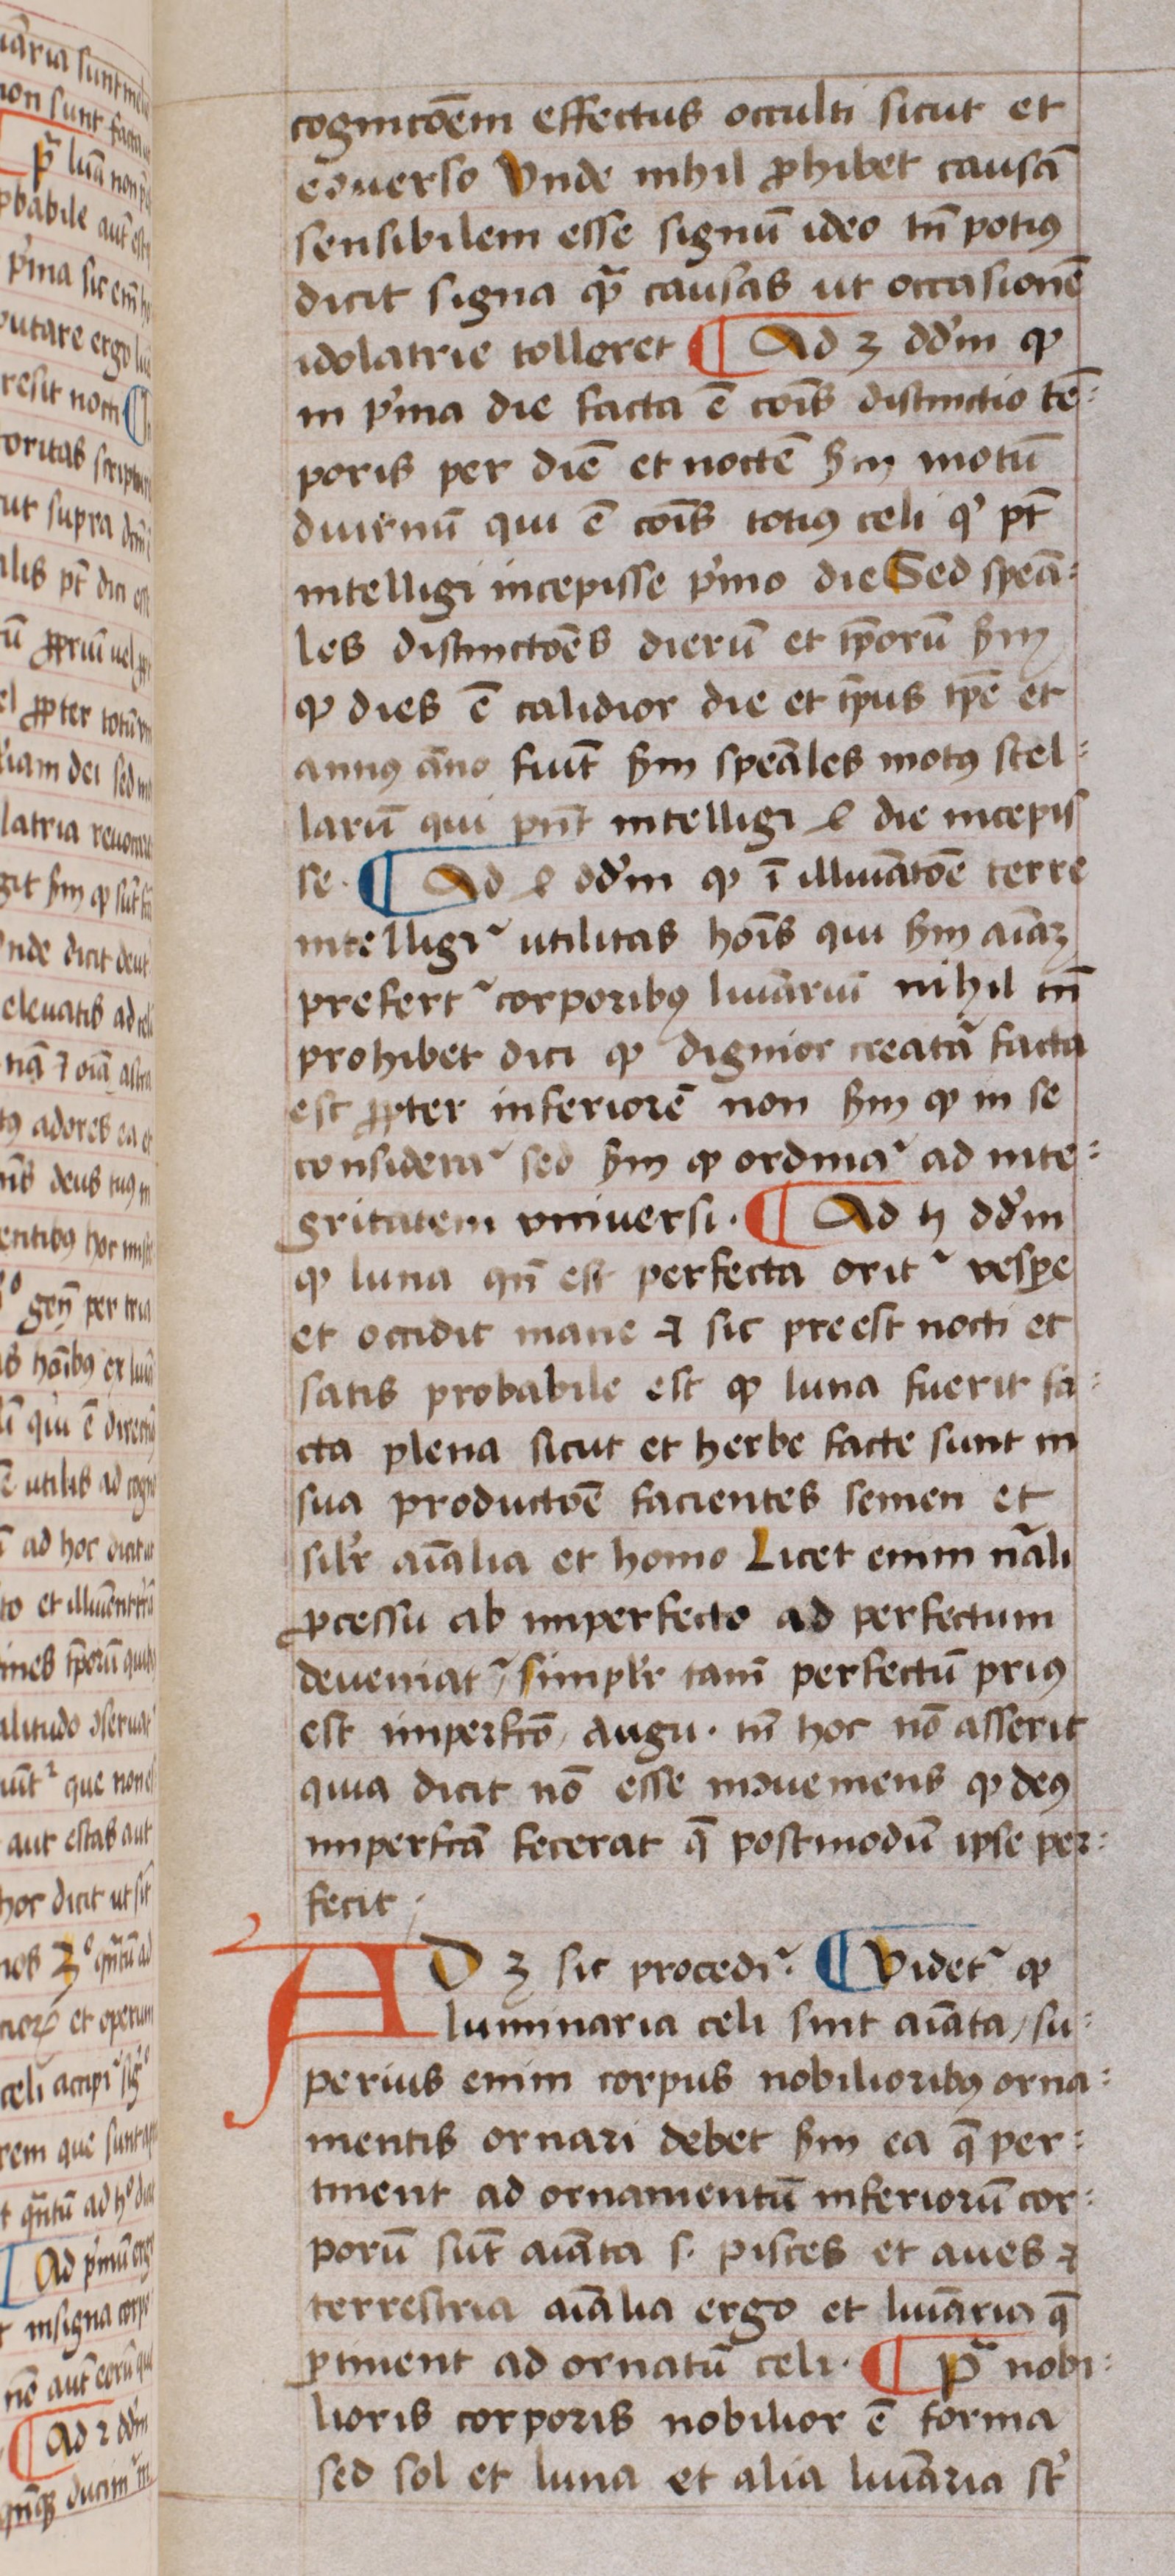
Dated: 1450–1474